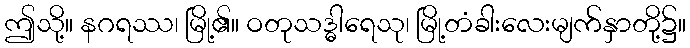
ဤသို့။ နဂရဿ၊ မြို့၏။ ဝတုသဒ္ဓါရေသု၊ မြို့တံခါးလေးမျက်နှာတို့၌။